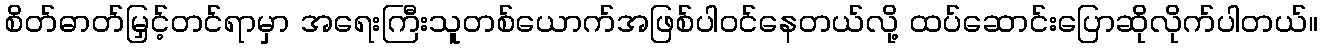
စိတ်ဓာတ်မြှင့်တင်ရာမှာ အရေးကြီးသူတစ်ယောက်အဖြစ်ပါဝင်နေတယ်လို့ ထပ်ဆောင်းပြောဆိုလိုက်ပါတယ်။